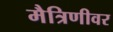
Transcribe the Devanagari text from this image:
मैत्रिणीवर